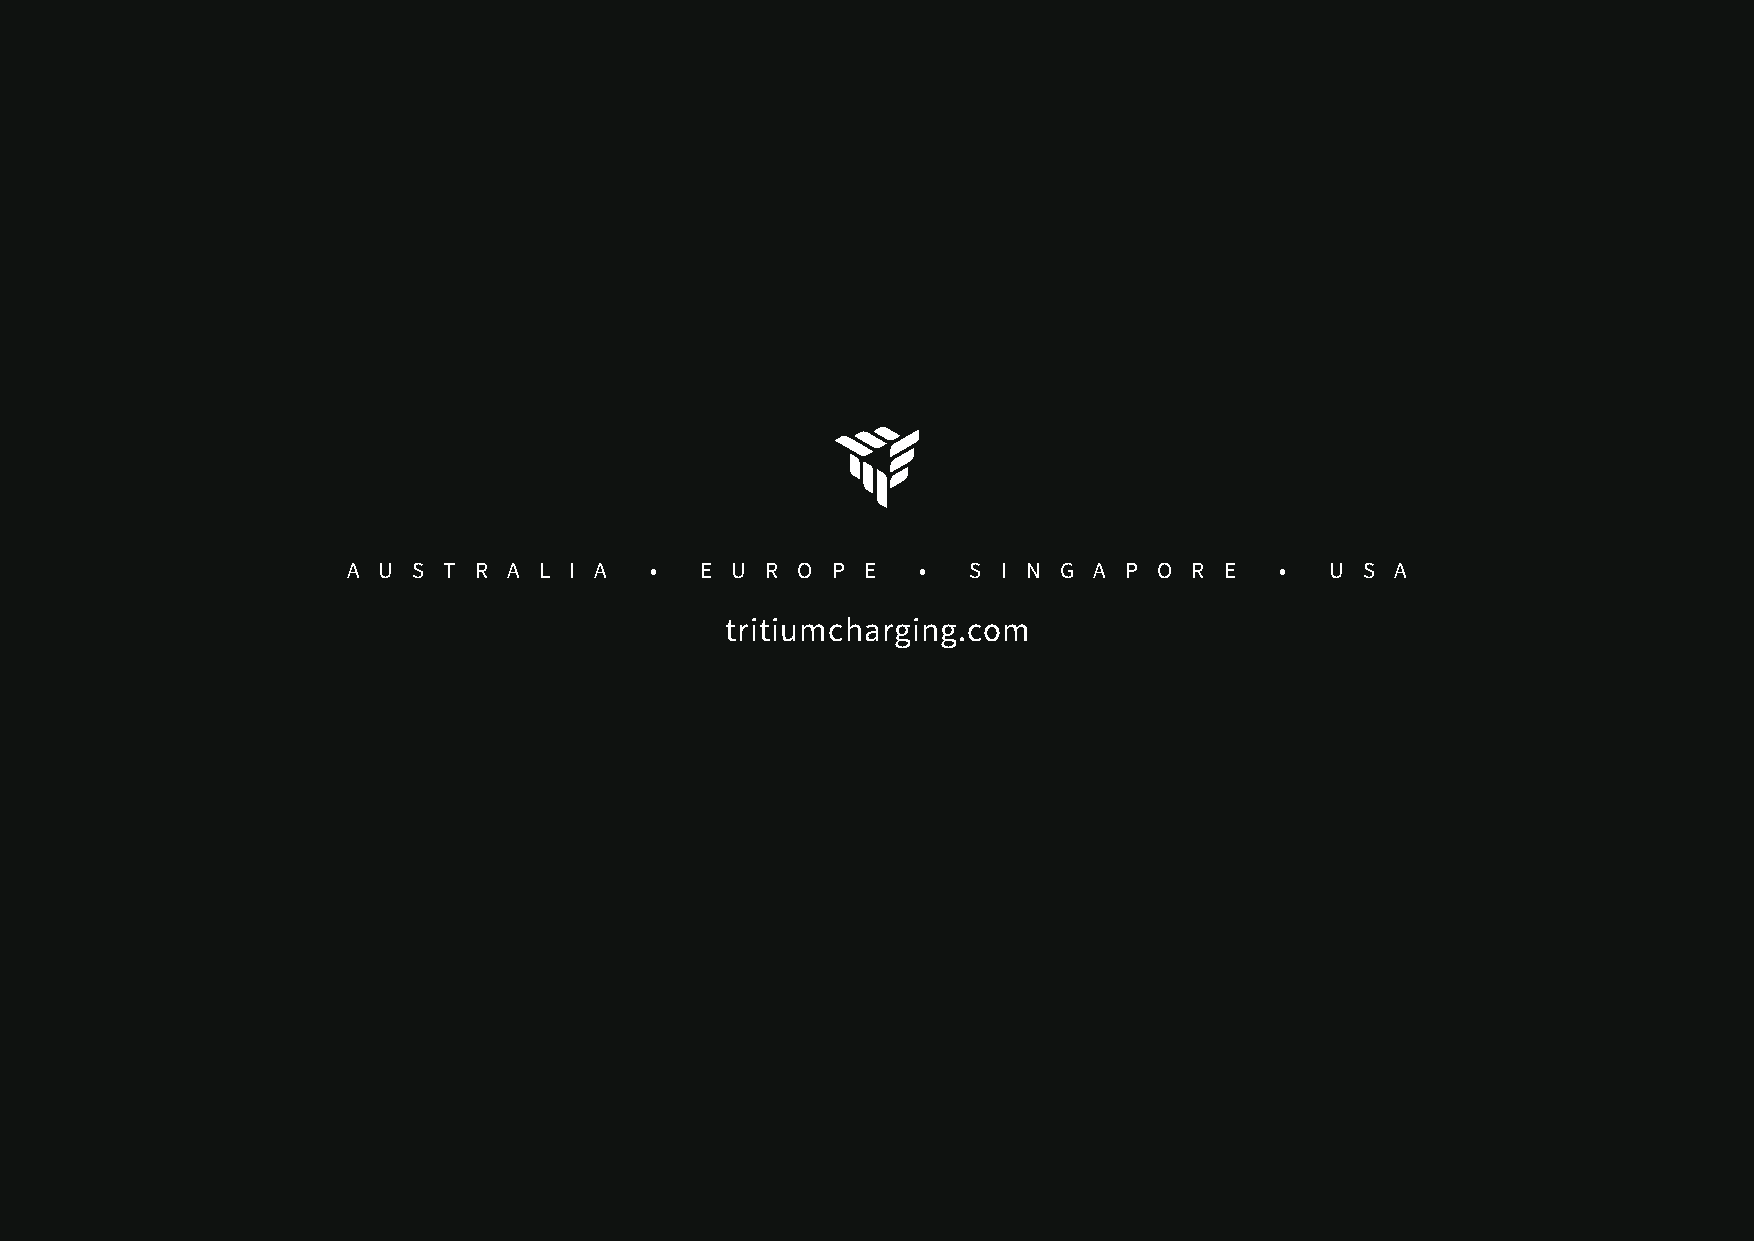
A U S T R  A L I A  •  E U  R O P E   •  S I N G A P  O R E   •  U S A
 tritiumcharging.com